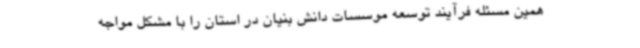
همین مسئله فرآیند توسعه موسسات دانش بنیان در استان را با مشکل مواجه